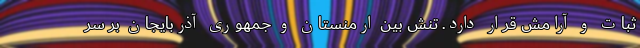
ثبات و آرامش قرار دارد. تنش بین ارمنستان و جمهوری آذربایجان بر سر